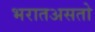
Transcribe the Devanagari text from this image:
भरातअसतो